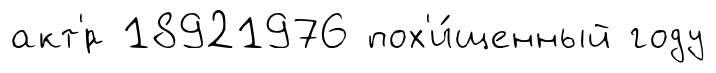
акт'́р 18921976 пох'и́щенный году